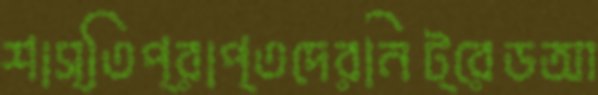
শাস্তিপ্রাপ্তদেরনিট্রেডআ